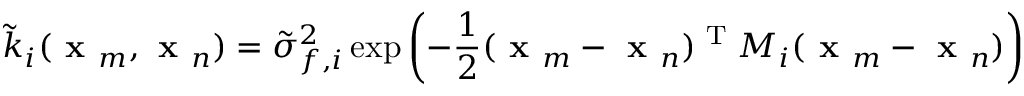
\tilde { k } _ { i } ( \textbf { x } _ { m } , \textbf { x } _ { n } ) = \tilde { \sigma } _ { f , i } ^ { 2 } \exp \left( - \frac { 1 } { 2 } ( \textbf { x } _ { m } - \textbf { x } _ { n } ) ^ { \textrm { T } } M _ { i } ( \textbf { x } _ { m } - \textbf { x } _ { n } ) \right)